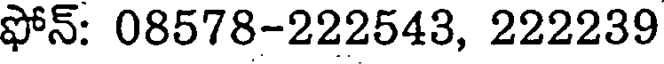
ఫోన్: 08578-222543, 222239